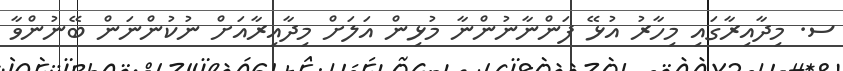
ސ. މިދާއިރާގައި މިހާރު އުޅޭ ފަންނާނުންނާ މުޅިން އަލަށް މިދާއިރާއަށް ނުކުންނަން ބޭނުންވާ